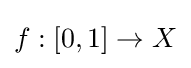
f:[0,1]\to X